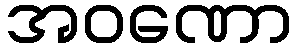
အဝဏော